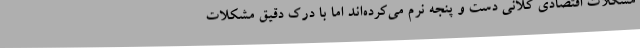
مشکلات اقتصادی کلانی دست و پنجه نرم می‌کرده‌اند اما با درک دقیق مشکلات